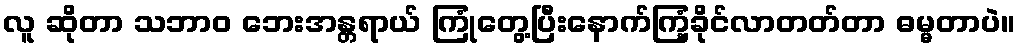
လူ ဆိုတာ သဘာဝ ဘေးအန္တရာယ် ကြုံတွေ့ပြီးနောက်ကြံ့ခိုင်လာတတ်တာ ဓမ္မတာပဲ။